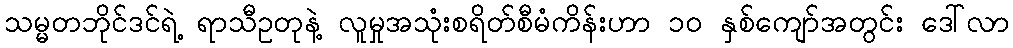
သမ္မတဘိုင်ဒင်ရဲ့ ရာသီဥတုနဲ့ လူမှုအသုံးစရိတ်စီမံကိန်းဟာ ၁၀ နှစ်ကျော်အတွင်း ဒေါ်လာ